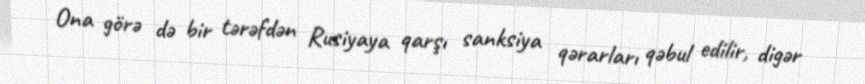
Ona görə də bir tərəfdən Rusiyaya qarşı sanksiya qərarları qəbul edilir, digər